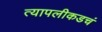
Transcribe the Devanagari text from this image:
त्यापलीकडचं